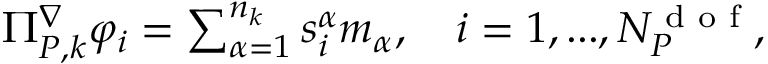
\begin{array} { r } { \Pi _ { { P } , k } ^ { \nabla } \varphi _ { i } = \sum _ { \alpha = 1 } ^ { n _ { k } } s _ { i } ^ { \alpha } m _ { \alpha } , \quad i = 1 , . . . , N _ { { P } } ^ { \textrm { d o f } } , } \end{array}